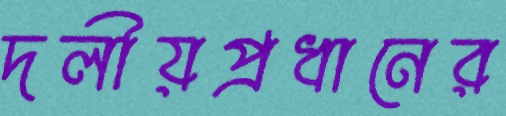
দলীয়প্রধানের